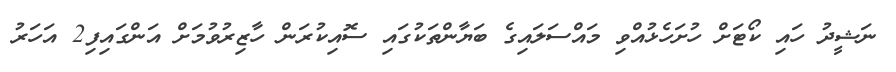
ނަޝީދު ހައި ކޯޓަށް ހުށަހެޅުއްވި މައްސަލައިގެ ބަޔާންތަކުގައި ސޮއިކުރަން ހާޒިރުވުމަށް އަންގައިފި2 އަހަރު